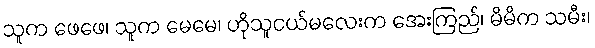
သူက ဖေဖေ၊ သူက မေမေ၊ ဟိုသူငယ်မလေးက အေးကြည်၊ မိမိက သမီး၊